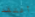
أعتقد